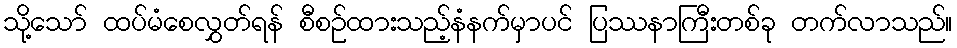
သို့သော် ထပ်မံစေလွှတ်ရန် စီစဉ်ထားသည့်နံနက်မှာပင် ပြဿနာကြီးတစ်ခု တက်လာသည်။